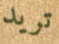
تريد